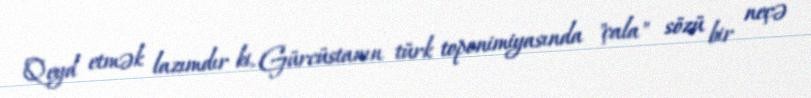
Qeyd etmək lazımdır ki, Gürcüstanın türk toponimiyasında "çala" sözü bir neçə